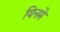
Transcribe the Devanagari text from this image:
यिनमे